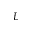
L